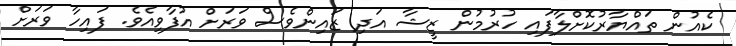
ކެއުން ތައްޔާރުކޮށްލާފައި ހުރުމުން ޒީޝާ އަދި ޒައިންވެސް ވަރަށް އުފާވިއެވެ. ފައިހާ ވަރަށް